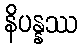
နိပန္နဿ